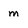
Character: m